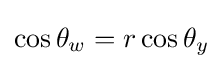
\cos \theta _{w}=r\cos \theta _{y}